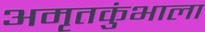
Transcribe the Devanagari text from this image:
अमृतकुंभाला